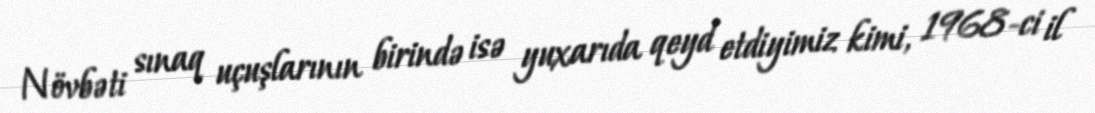
Növbəti sınaq uçuşlarının birində isə yuxarıda qeyd etdiyimiz kimi, 1968-ci il